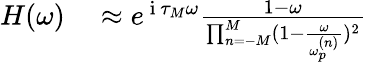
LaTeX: \begin{array}{r}{\begin{array}{rl}{H(\omega)}&{{}\approx e^{\mathrm{~i~}\tau_{M}\omega}\frac{1-\omega}{\prod_{n=-M}^{M}(1-\frac{\omega}{\omega_{p}^{(n)}})^{2}}}\end{array}}\end{array}